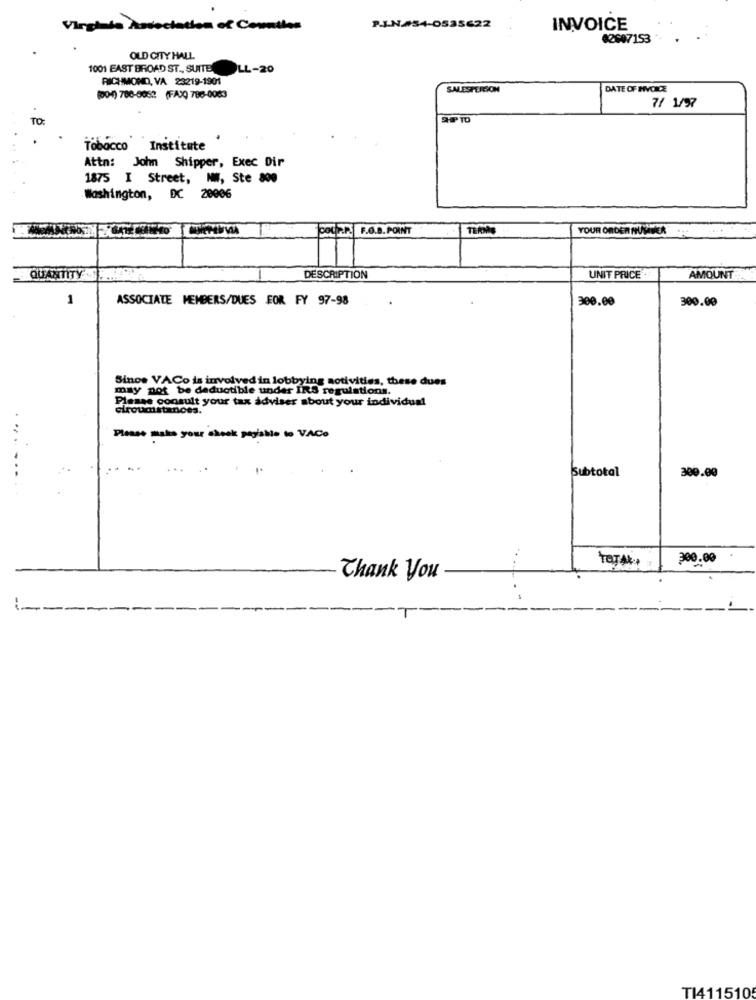
Virginia Association of Countles
P.L.N.#34-0535622
INVOICE
42607153
OLD CITY HALL
1001 EAST BROAD ST ., SUITE
DLL-20
RICHMOND, VA 23219-1901
SALESPERION
DATE OF FIVOICE
(004) 786-8862 (FAX) 788-0083
7/ 1/97
TO:
2-P TO
Tobacco Institute
Attn: John Shipper, Exec Dir
1875 I Street, NW, Ste 800
Washington, DC 20006
COL P.P. F.O.B. POINT
YOUR ORDER NUMMER
QUANTITY
DESCRIPTION
UNIT PRICE .
AMOUNT
1
ASSOCIATE MEMBERS/DUES FOR FY 97-98
300.00
300.00
Since VACo is involved in lobbying sotivities, these dues
may not be deductible under IRS regulations.
Please consult your tax adviser about your individual
ciroudistances.
...
Please make your chock payable to VACO
..
Subtotal
300.00
TOTAL:
300.00
Thank you
TI411510